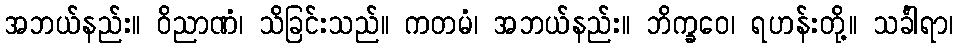
အဘယ်နည်း။ ဝိညာဏံ၊ သိခြင်းသည်။ ကတမံ၊ အဘယ်နည်း။ ဘိက္ခဝေ၊ ရဟန်းတို့။ သင်္ခါရာ၊